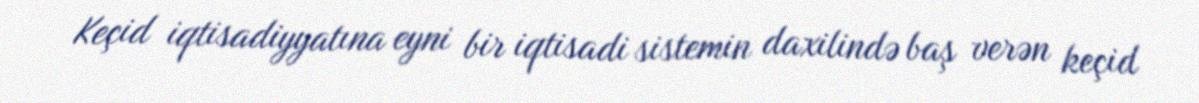
Keçid iqtisadiyyatına eyni bir iqtisadi sistemin daxilində baş verən keçid